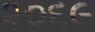
૨૦૬૯